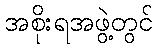
အစိုးရအဖွဲ့တွင်